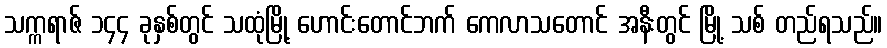
သက္ကရာဇ် ၁၄၄ ခုနှစ်တွင် သထုံမြို့ ဟောင်းတောင်ဘက် ကေလာသတောင် အနီးတွင် မြို့ သစ် တည်ရသည်။